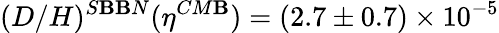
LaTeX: (D/H)^{S\mathbf{B}\mathbf{B}N}(\eta^{CM\mathbf{B}})=(2.7\pm0.7)\times10^{-5}